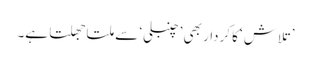
’تلاش ‘کا کردار بھی ’چنبلی‘ سے ملتا جھلتا ہے۔